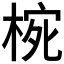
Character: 𭪮